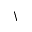
\backslash